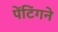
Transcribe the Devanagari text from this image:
पेंटिंगने